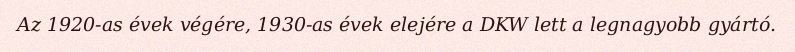
Az 1920-as évek végére, 1930-as évek elejére a DKW lett a legnagyobb gyártó.